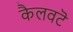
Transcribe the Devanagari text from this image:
कैलवटॆ